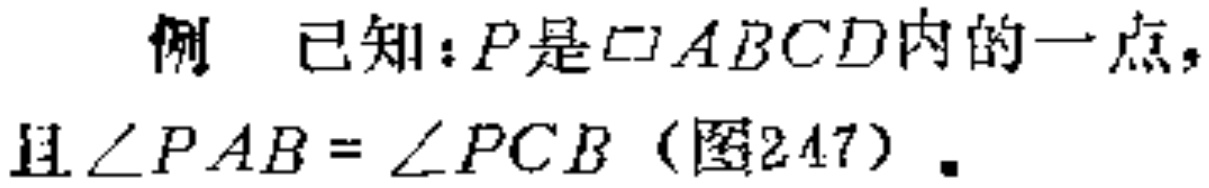
例 已知：\(P\)是\(\square ABCD\)内的一点，且\(\angle PAB = \angle PCB\)（图247）.